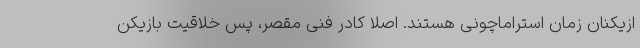
ازیکنان زمان استراماچونی هستند. اصلا کادر فنی مقصر، پس خلاقیت بازیکن